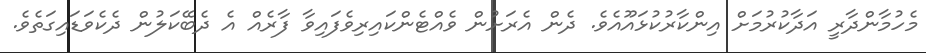
މެހުމާންދާރީ އަދާކުރުމަށް އިންކާރުކުޅައޫއެވެ. ދެން އެރަށުން ވެއްޓެންކައިރިވެފައިވާ ފާރެއް އެ ދެބޭކަލުން ދެކެވަޑައިގަތެވެ.